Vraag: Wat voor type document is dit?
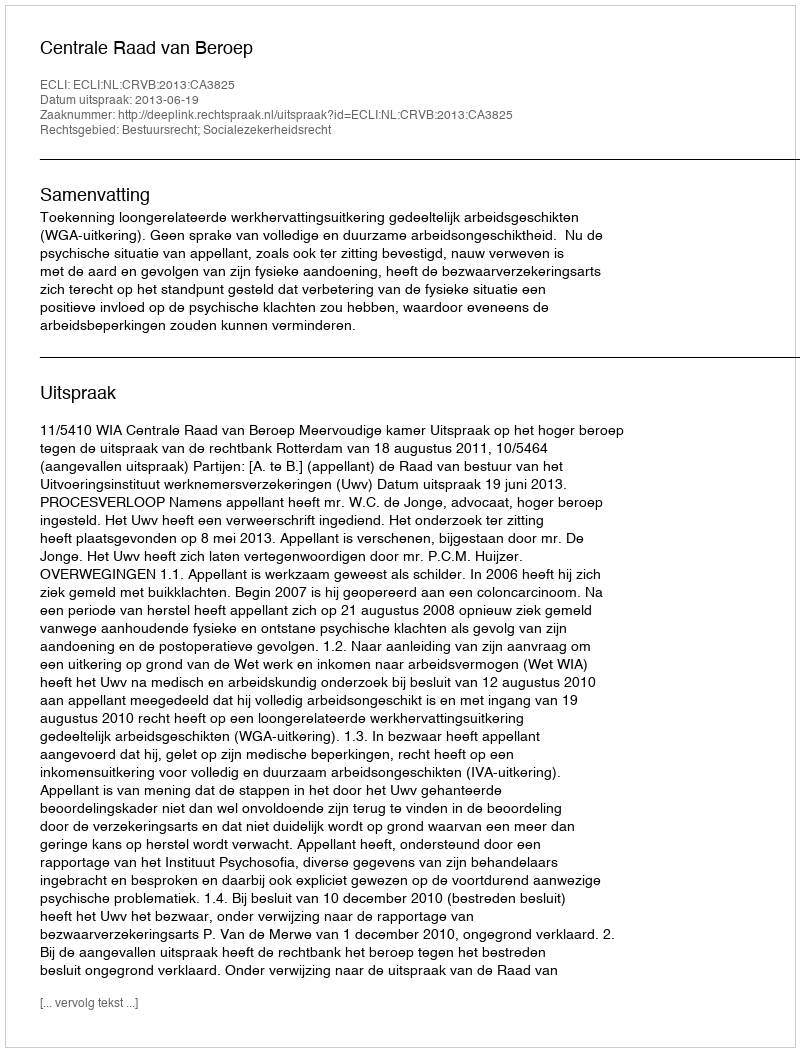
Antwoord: Uitspraak